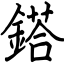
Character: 鎝